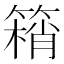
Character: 䈾